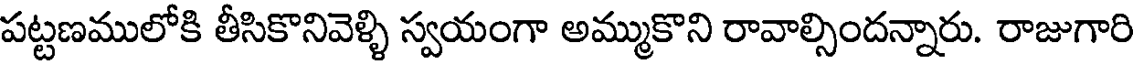
పట్టణములోకి తీసికొనివెళ్ళి స్వయంగా అమ్ముకొని రావాల్సిందన్నారు. రాజుగారి